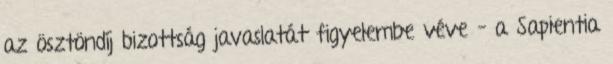
az ösztöndíj bizottság javaslatát figyelembe véve – a Sapientia